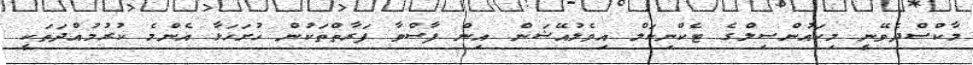
މާކްސްދެވޭނީ މިކައުންސިލްގެ ޓެކްނިކަލް އިވެލުއޭޝަން އިން ފާސްވާ ފަރާތްތަކުން ހުށަހަޅާ އެންމެ ކުރުމުއްދަތަކީ